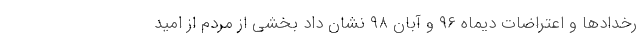
رخدادها و اعتراضات دیماه ۹۶ و آبان ۹۸ نشان داد بخشی از مردم از امید